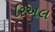
રિઅલ